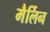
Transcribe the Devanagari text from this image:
मैर्लिन